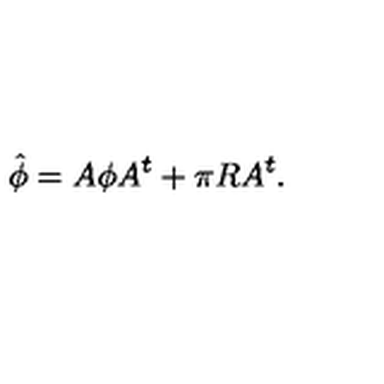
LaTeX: \hat { \phi } = A \phi A ^ { t } + \pi R A ^ { t } .